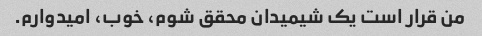
من قرار است یک شیمیدان محقق شوم، خوب، امیدوارم.